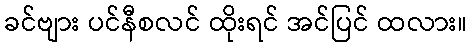
ခင်ဗျား ပင်နီစလင် ထိုးရင် အင်ပြင် ထလား။